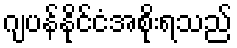
ဂျပန်နိုင်ငံအစိုးရသည်